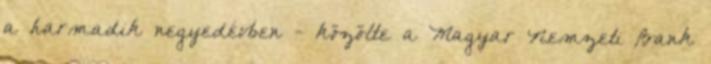
a harmadik negyedévben - közölte a Magyar Nemzeti Bank